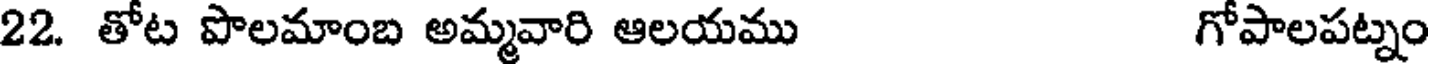
22. తోట పొలమాంబ అమ్మవారి ఆలయము గోపాలపట్నం